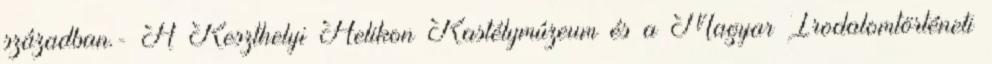
században.- A Keszthelyi Helikon Kastélymúzeum és a Magyar Irodalomtörténeti